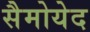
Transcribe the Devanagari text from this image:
सैमोयेद